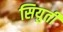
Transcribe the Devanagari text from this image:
सियुती